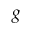
g